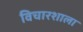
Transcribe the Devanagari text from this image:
विचारशाला